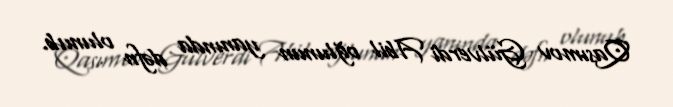
Qasımov Gülverdi Abil oğlunun yanında dəfn olunub.